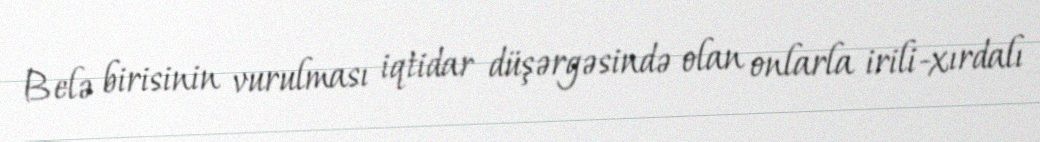
Belə birisinin vurulması iqtidar düşərgəsində olan onlarla irili-xırdalı